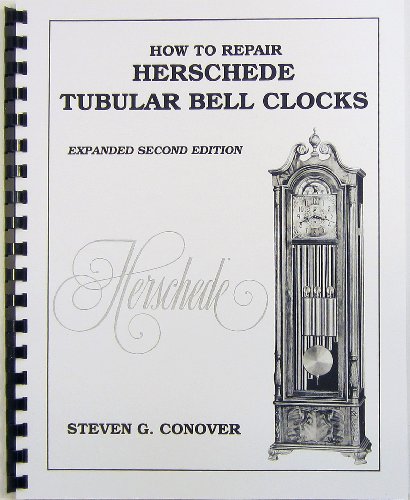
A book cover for How to Repair Herschede Tubular Bell Clocks; Steven G. Conover; Crafts, Hobbies & Home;